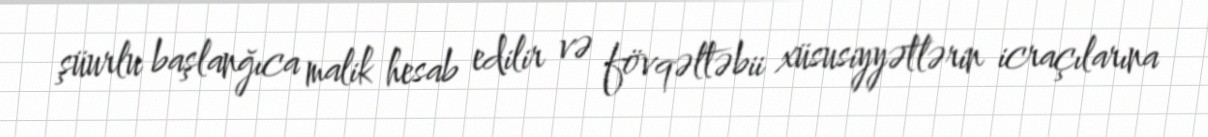
şüurlu başlanğıca malik hesab edilir və fövqəltəbii xüsusiyyətlərin icraçılarına